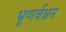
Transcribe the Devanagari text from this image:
भ्रूणर्वध्रन